Vaccination in Bombay 1913-1923 - 1913-1923
Year: 1913
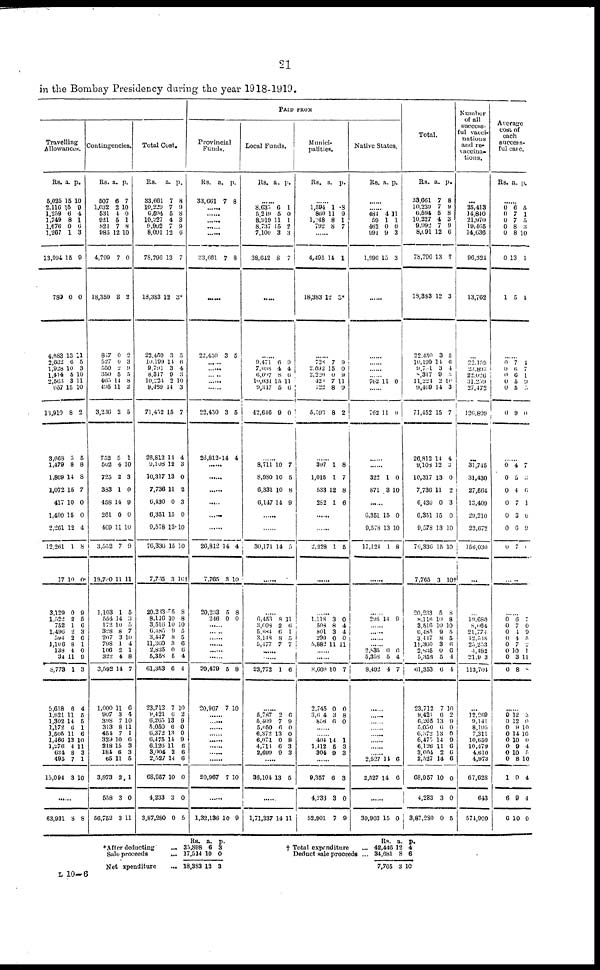
21
in the Bombay Presidency during the year 1918-1919.
PAID FROM
Travelling
Allowances.
Rs.
5,025
2,110
1,259
1,749
1,676
1,207
13,094
780
4,683
2,662
1,928
1,414
2,563
657
11,910
3,668
1,479
1,869
1,072
417
1,490
2,261
12,261
17
3,129
1,522
752
1,496
594
1,106
138
34
8,773
5,618
1,621
1,302
1,172
1,505
1,466
1,276
634
495
15,094
a.
15
15
6 8
0
1
15
0
13
6
10
5
3
15
8
5
8
14
15
10
15
12
1
10
0
2
1
2
2
8
4
11
1
6
11
14
6
11
13
4
8
7
3
p.
10
9
4
1
6
3
9
0
11
5
3
10
11
10
2
5
8
8
7
0
0
4
8
0
9
5
6
3
6
1
0
9
3
4
5
5
1
6
10
11
3
1
10
......
63,931 8 8
Contingencies.
Rs.
507
1,032
531
921
82l
985
4,799
18,359
817
527
550
350
465
495
3,236
752
502
725
383
458
261
469
3,652
18,730
1,103
554
172
328
207
798
106
322
3,592
1,000
907
398
313
454
329
218
184
65
3,873
558
56,752
a.
6
2
4
5
7
12
7
3
0
0
2
5
14
11
2
5
4
2
1
14
0
11
7
11
1
14
10
8
3
1
2
4
14
11
3
7
8
7
10
15
6
11
2
3
3
p.
7
10
0
1
8
10
0
2
2
3
9
5
8
2
5
1
10
3
0
9
0
10
9
11
5
3
5
7
10
4
1
8
7
6
4
10
11
1
6
3
3
5
1
0
11
Total Cost.
Rs.
33,661
10,229
6,594
10,227
9,992
8,091
78,796
13,383
22,450
10,199
9,791
8,317
10,224
9,469
71,432
26,812
9,108
10,317
7,736
6,430
6,351
9,578
76,336
7,735
20,233
8,116
3,516
6,185
3,447
11,360
2,835
5,358
61,353
23,712
9,421
6,265
5,050
6,372
6,475
6,126
3,004
2,527
68,957
4,233
3,87,280
a.
7
7
5
4
7
12
13
2
3
14
3
9
2
14
15
14
12
13
11
0
15
13
15
3
15
10
10
9
8
3
0
5
6
7
6
13
6
13
14
11
2
14
10
3
0
p.
8
9
8
3
9
6
7
3*
5
6
4
3
10
3
7
4
3
0
2
3
0
10
10
16†
8
8
10
5
5
6
6
4
4
10
2
9
0
0
9
6
6
6
0
0
5
Provincial
Funds.
Rs.
33,661
a.
7
p.
8
......
......
......
......
......
33,66l
7 8
......
22,450 3 5
......
......
......
......
......
22,450
26,813
3
14
5
4
......
......
......
......
......
......
20,812
7,765
20,233
246
14
3
5
0
4
10
8
0
......
......
......
......
......
......
20,479
20,967
5
7
8
10
...... ......
......
...... ......
......
......
......
20,967
7 10
......
1,32,136 10 9
Local Funds.
Rs.
a. p.
......
8,635
5,219
8,919
8,737
7,100
38,642
6
5 11
15
3
8
1
0
1
2
3
1
......
......
9,471
7,698
6,097
10,03l
9,347
42,646
6
4
8
15
5
9
9
4
6
11
6
0
......
8,711
8,980
6,331
6,147
10
10
10
14
7
5
8
9
......
......
30,171 14 5
......
......
6,453
3,608
5,684
3,148
5,477
8
2
6
8
7
11
6
1
5
7
.....
......
23,772
1 6
......
5,787
5,409
5,050
6,372
6,071
4,714
2,699
2
7
6
13
0
6
9
6
9
0
0
8
3
3
......
36,104 13 5
......
1,71,337 14 11
Munici-
palities.
Rs.
a.
p.
......
1,594
860
l,248
792
1
11
8
8
8
9
1
7
......
4,495
18,383
14
12
1
3*
......
728
2,092
2,220
421
122
5,596
7
15
0
7
8
8
9
0
9
11
9
2
397
1,015
533
282
1
1
12
1
8
7
8
6
......
......
2,228 1 5
......
......
1,118
508
801
299
5,882
3
8
3
0
11
0
4
4
0
11
...... ......
8,609
2,745
3,614
856
10
0
3
6
7
0
8
0
......
...... 404
1,412
304
14
5
9
1
3
3
......
9,357
4,233
52,901
6
3
7
3
0
9
Native States.
Rs. a. p.
......
...... 484
59
462
991
1,996
4
1
0
9
15
11
1
0
3
3
......
......
......
......
...... 762 11 0
......
762 11 0
......
......
322
871
1
3
0
10
......
6,351
9,578
17,124
15
13
1
0
10
8
......
......
298 14 9
......
......
......
...... 2,835
5,358
8,492
0
5
4
6 4
7
......
......
......
...... ......
......
......
...... 2,527
2,527
14
14
6
6
......
30,903 15 0
Total.
Rs.
33,661
10,229
6,594
10,227
9,092
8,091
78,796
18,383
22,450
10,199
9,721
8,317
11,224
9,469
71,452
26,812
9,108
10,317
7,736
6,430
6,351
9,578
76,336
7,765
20,233
8,116
3,516
6,485
3,417
11,360
2,835
5,358
61,353
23,712
9,421
6,265
5,050
6,372
6,475
6,126
3,004
2,527
68,957
4,233
3,87,280
a.
7
7
5
4
7
12
13
12
3
14
3
9
2
14
15
14
12
13
11
0
15
13
15
3
5
10
10
9
8
3
0
5
6
7
6
13
6
13
14
11
2
14
10
3
0
p.
8
9
8
3
9
6
7
3
5
6
4
3 10
3
7
4
3
0
2
3
0
10
10
10†
8
8
10
5
5
6 6
4
4
10
2
9
0
0
9
6
6
6
0
0
5
Number
of all
success-
ful vacci¬
nations
and re¬
vaccina-
tions.
...
25,413
14,840
21,970
19,105
14,036
96,321
13,762
...
22,159
23,893
22,026
31,259
27,472
120,809
...
31,745
31,430
27,564
13,409
29,210
22,672
156,030
...
...
19,680
8,064
21,774
12,548
25,253
4,482
21,903
113,704
...
12,269
9,141
8,195
7,311
10,650
10,479
4,610
4,973
67,628
643
574,900
Average
cost of
each
success-
ful case.
Rs. a. p.
......
0
0
0
0
0
0
1
6
7
7
8
8
13
5
5
1
5
3
10
1
4
......
0
0
0
0
0
0
7
6
6
5
5
9
4
7
1
9
0
0
......
0
0
0
0
0
0
0
4
5
4
7
3
6
7
7
5
0
1
6
9
1
......
......
0
0
0
0
0
0
0
0
6
7
4
4
7
10
3
8
7
0
9
5
2
1
11
8
......
0
0
0
0
0
0
0
0
1
6
0
12
12
9
14
10
9
10
8
0
0
10
3
0
10
10
0
4
5
10
4
4
9
*After deducting
Sale proceeds
...
Net xpenditure
...
Rs.
35,898
17,514
18,383
a.
6
10
12
p.
3
0
3
† Total expenditure ...
Deduct sale proceeds ...
Rs.
42,446
34,681
7,765
a.
12
8
3
p.
4
6
10
L 10—6